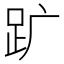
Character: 𧿈